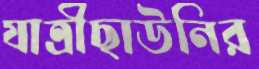
যাত্রীছাউনির